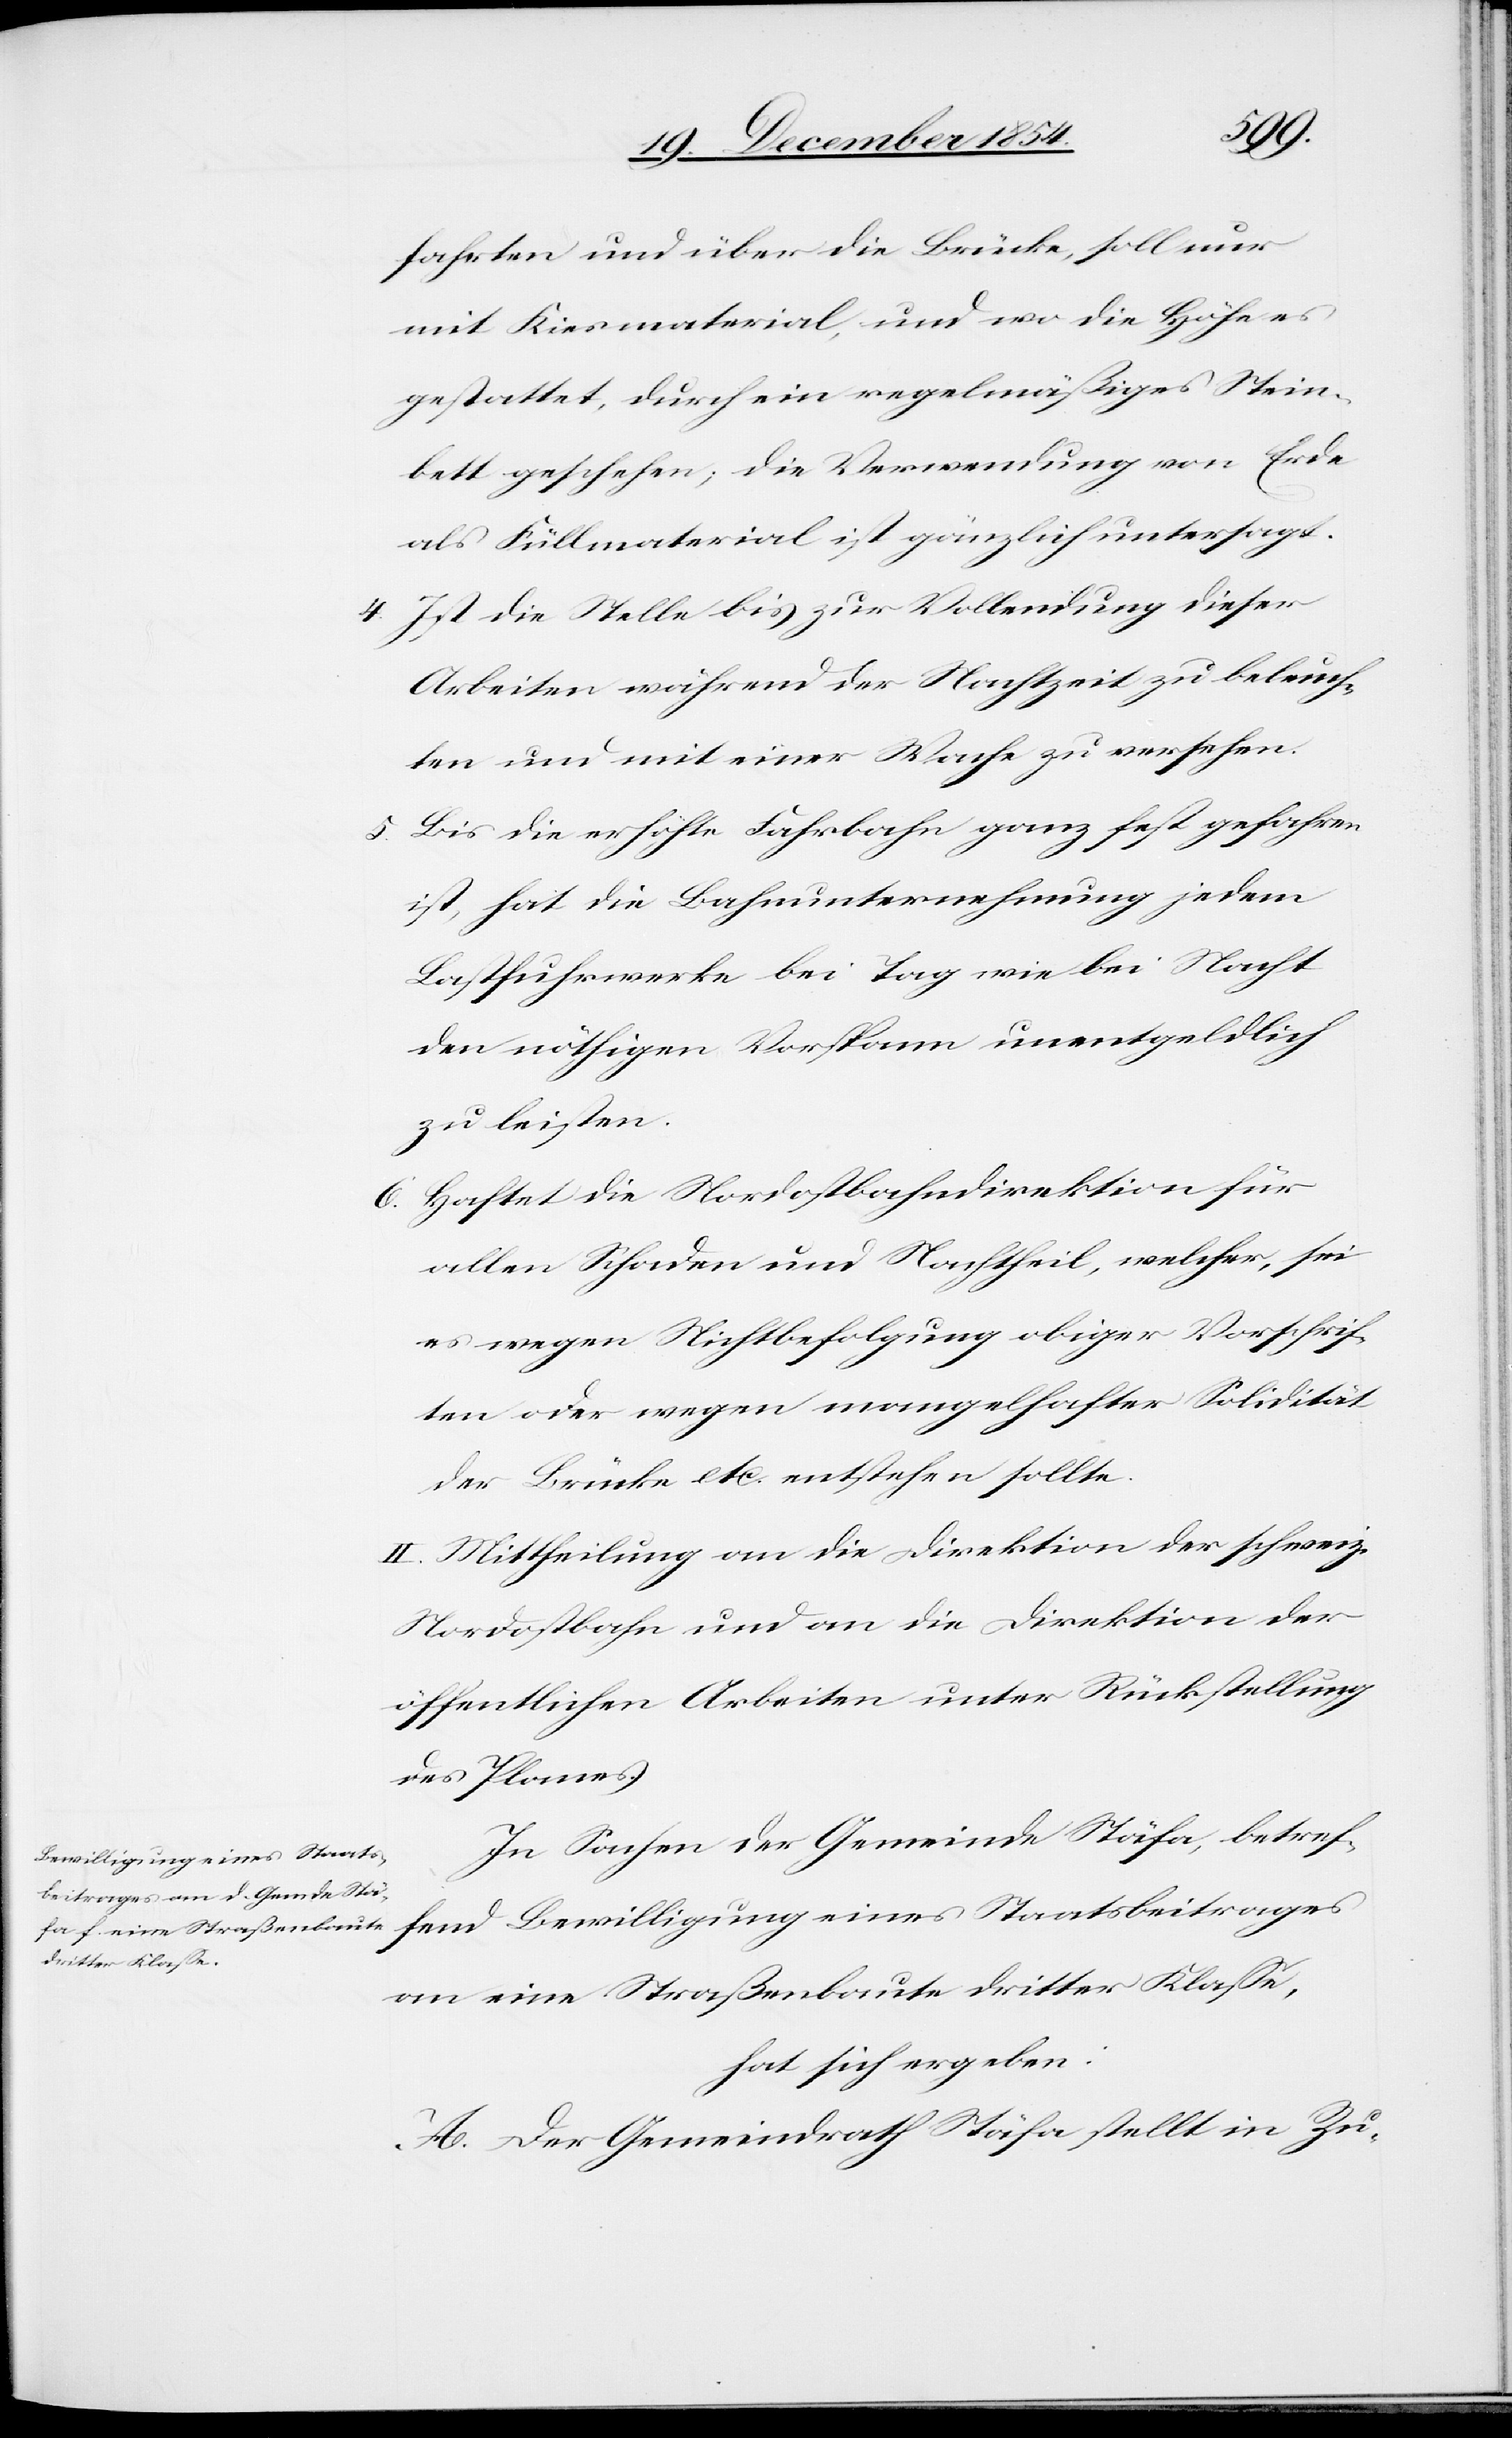
fahrten und über die Brücke, soll nur
mit Kiesmaterial, und wo die Höhe es
gestattet, durch ein regelmäßiges Stein¬
bett geschehen; die Verwendung von Erde
als Füllmaterial ist gänzlich untersagt.
4. Ist die Stelle bis zur Vollendung dieser
Arbeiten während der Nachtzeit zu beleuch¬
ten und mit einer Wache zu versehen.
5. Bis die erhöhte Fahrbahn ganz fest gefahren
ist, hat die Bahnunternehmung jedem
Lastfuhrwerke bei Tag wie bei Nacht
den nöthigen Vorspann unentgeldlich
zu leisten.
6. Haftet die Nordostbahndirektion für
allen Schaden und Nachtheil, welcher, sei
es wegen Nichtbefolgung obiger Vorschrif¬
ten oder wegen mangelhafter Solidität
der Brücke etc. entstehen sollte.
II. Mittheilung an die Direktion der schweiz.
Nordostbahn und an die Direktion der
öffentlichen Arbeiten unter Rückstellung
des Planes.
In Sachen der Gemeinde Stäfa, betref¬
fend Bewilligung eines Staatsbeitrages
an eine Straßenbaute dritter Klaße,
hat sich ergeben:
A. Der Gemeindrath Stäfa stellt in Zu-